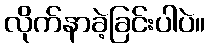
လိုက်နာခဲ့ခြင်းပါပဲ။